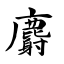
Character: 麝